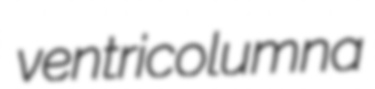
ventricolumna